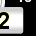
Digit: 2